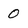
Character: 0